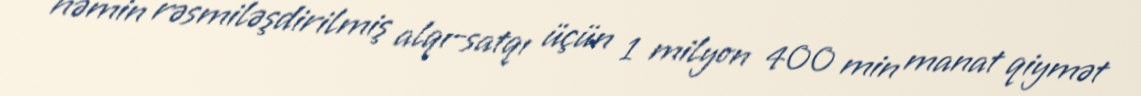
həmin rəsmiləşdirilmiş alqı-satqı üçün 1 milyon 400 min manat qiymət